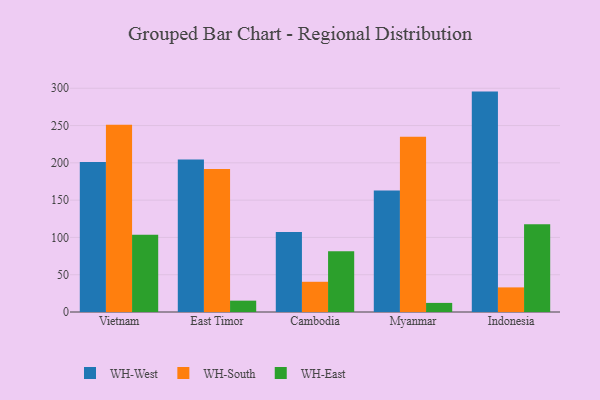
{"axis": {"x": "Country", "y": "Headcount"}, "legend": ["WH-East", "WH-South", "WH-West"], "data": [{"x": "Vietnam", "y": 201.1, "type": "WH-West"}, {"x": "Vietnam", "y": 251.0, "type": "WH-South"}, {"x": "Vietnam", "y": 103.7, "type": "WH-East"}, {"x": "East Timor", "y": 204.5, "type": "WH-West"}, {"x": "East Timor", "y": 191.6, "type": "WH-South"}, {"x": "East Timor", "y": 15.2, "type": "WH-East"}, {"x": "Cambodia", "y": 107.3, "type": "WH-West"}, {"x": "Cambodia", "y": 40.5, "type": "WH-South"}, {"x": "Cambodia", "y": 81.5, "type": "WH-East"}, {"x": "Myanmar", "y": 162.8, "type": "WH-West"}, {"x": "Myanmar", "y": 235.1, "type": "WH-South"}, {"x": "Myanmar", "y": 12.2, "type": "WH-East"}, {"x": "Indonesia", "y": 295.5, "type": "WH-West"}, {"x": "Indonesia", "y": 33.0, "type": "WH-South"}, {"x": "Indonesia", "y": 117.8, "type": "WH-East"}]}